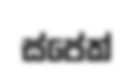
ස්පේක්